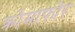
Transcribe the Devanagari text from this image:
क्रोमाफोर